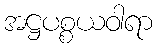
အဋ္ဌပစ္စယဝါရာ